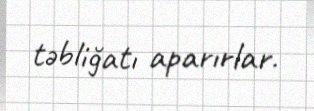
təbliğatı aparırlar.